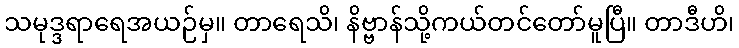
သမုဒ္ဒရာရေအယဉ်မှ။ တာရေသိ၊ နိဗ္ဗာန်သို့ကယ်တင်တော်မူပြီ။ တာဒီဟိ၊